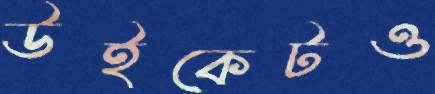
উইকেটও